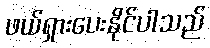
ဖယ်ရှားပေးနိုင်ပါသည်